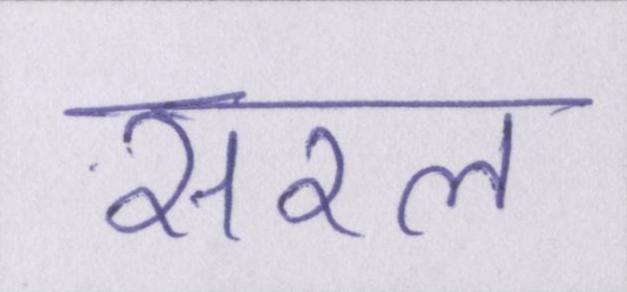
सरल